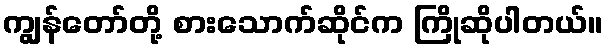
ကျွန်တော်တို့ စားသောက်ဆိုင်က ကြိုဆိုပါတယ်။